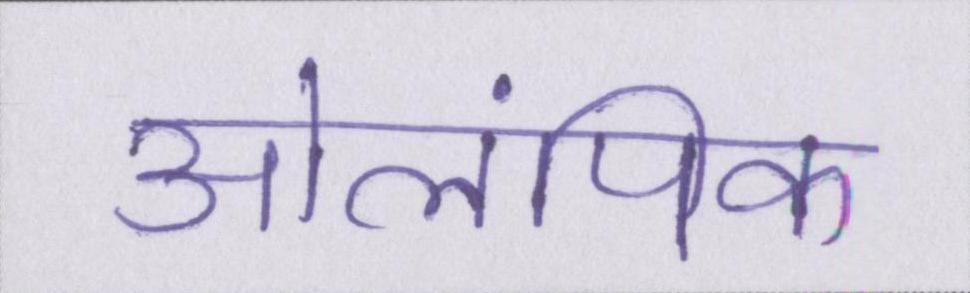
ओलंपिक